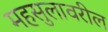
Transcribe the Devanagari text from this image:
महसुलावरील